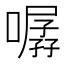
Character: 𱔯